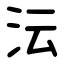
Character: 沄